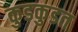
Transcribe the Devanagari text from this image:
कुडकुडत